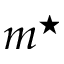
m ^ { \star }